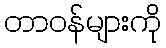
တာဝန်များကို